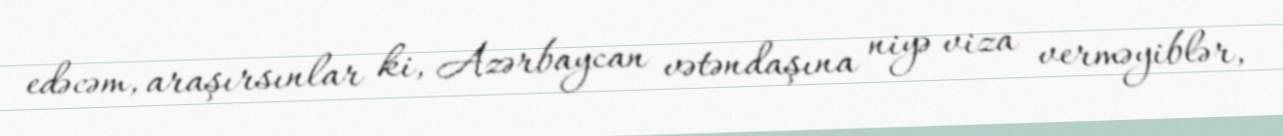
edəcəm, araşırsınlar ki, Azərbaycan vətəndaşına niyə viza verməyiblər,